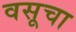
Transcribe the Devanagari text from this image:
वसूचा